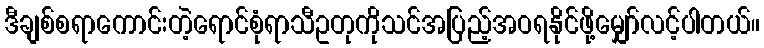
ဒီချစ်စရာကောင်းတဲ့ရောင်စုံရာသီဥတုကိုသင်အပြည့်အဝရနိုင်ဖို့မျှော်လင့်ပါတယ်။